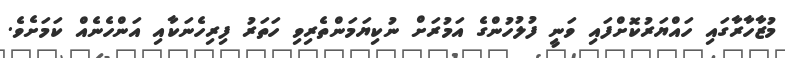
މުޒާހާރާގައި ހައްޔަރުކޮށްފައި ވަނީ ފުލުހުންގެ އަމުރަށް ނުކިޔަމަންތެރިވި ހަތަރު ފިރިހެނަކާއި އަންހެނެއް ކަމަށެވެ.